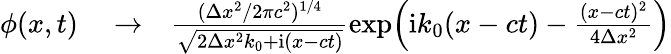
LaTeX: \begin{array}{rlr}{\phi(x,t)}&{{}\to}&{\frac{(\Delta x^{2}/2\pi c^{2})^{1/4}}{\sqrt{2\Delta x^{2}k_{0}+\mathrm{i}(x-ct)}}\exp\! \left(\mathrm{i}k_{0}(x-ct)-\frac{(x-ct)^{2}}{4\Delta x^{2}}\right)}\end{array}